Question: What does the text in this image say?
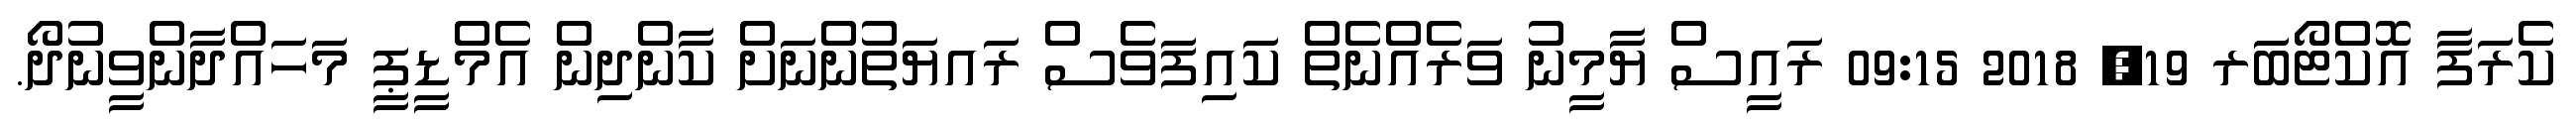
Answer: ކެރަފާ އޮކްޓޯބަރ 19, 2018 09:15 ރައީސް ޔާމީނު ވަރެއްނެތް ކައިފަވެސް ރައޔަތުންނަށް ކާންދިން އެމްޑީޕީ މަހައްދާންވީނުދޯ.